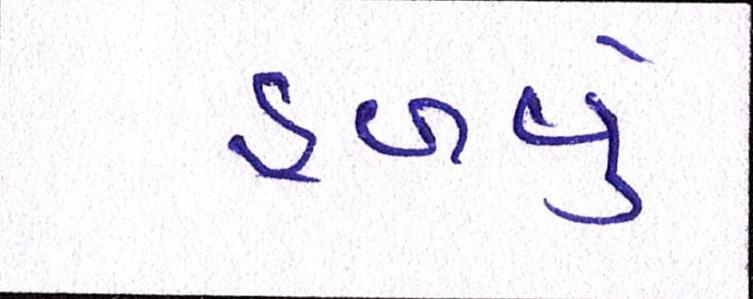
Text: હળવું